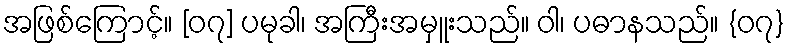
အဖြစ်ကြောင့်။ [၀၇] ပမုခါ၊ အကြီးအမှူးသည်။ ဝါ၊ ပဓာနသည်။ {၀၇}